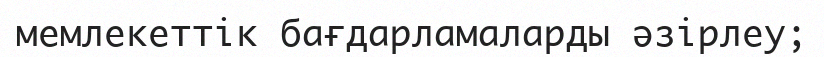
мемлекеттік бағдарламаларды әзiрлеу;